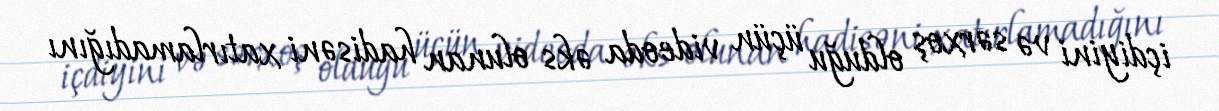
içdiyini və sərxoş olduğu üçün videoda əks olunan hadisəni xatırlamadığını